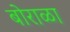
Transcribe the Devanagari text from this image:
बोराळा